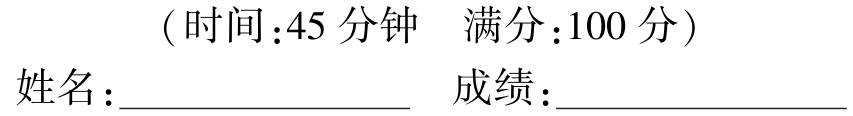
（时间：45 分钟  满分：100 分）
姓名：________________  成绩：________________